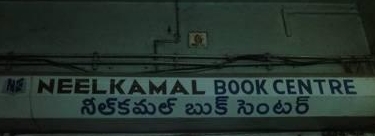
Language: telugu
Transcription: సెంటర్ బుక్